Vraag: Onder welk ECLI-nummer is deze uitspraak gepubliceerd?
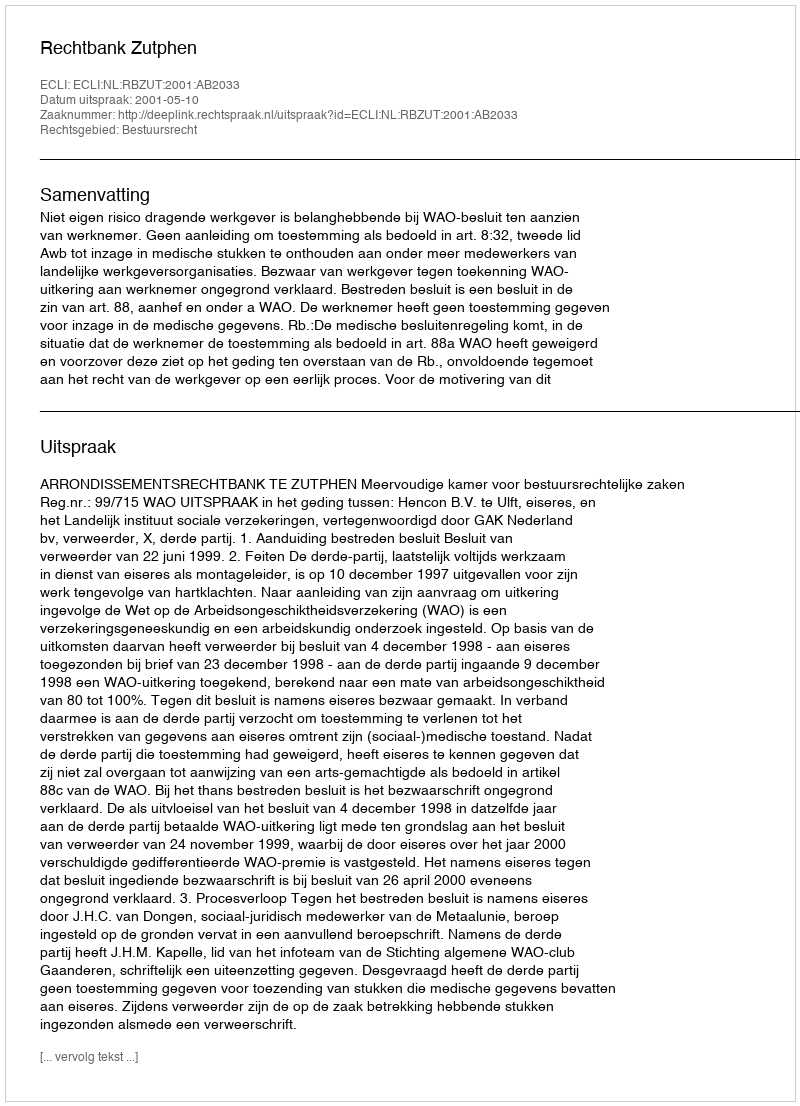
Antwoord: ECLI:NL:RBZUT:2001:AB2033